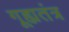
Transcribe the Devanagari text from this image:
गूह्यतंत्र